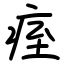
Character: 痓